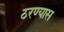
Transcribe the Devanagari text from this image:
ठरण्यास